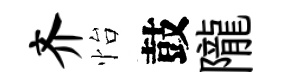
齐怡鼓隴